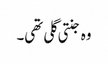
وہ جنتی گلی تھی۔